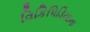
વિકિપિડિયાના